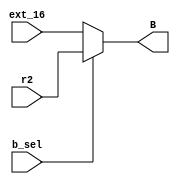
module alu_b_mux(b_sel, ext_16, r2,B);
input b_sel;
input [15:0] ext_16;
input [15:0] r2;
output[15:0] B;

assign B=(b_sel==0)?ext_16:r2;


endmodule